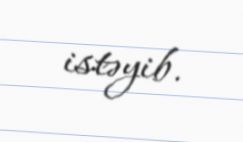
istəyib.